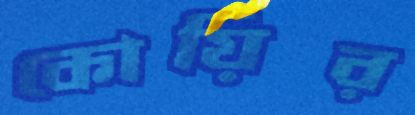
কোয়ির